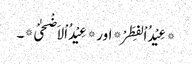
*عِیْدُ اْلفِطَرْ* اور *عِیْدُ اْلاَضْحٰیْ*۔